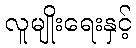
လူမျိုးရေးနှင့်